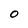
Character: O